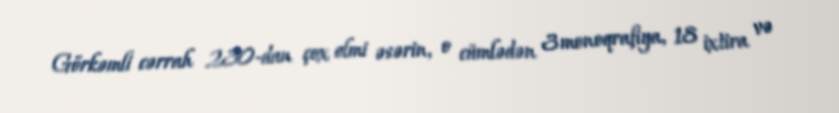
Görkəmli cərrah 230-dan çox elmi əsərin, o cümlədən 3 monoqrafiya, 18 ixtira və